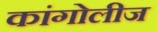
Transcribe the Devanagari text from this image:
कांगोलीज